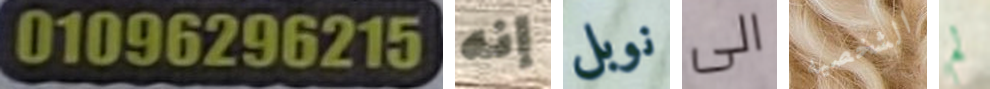
01069296215 إنه نوبل الى الشخصيه لم